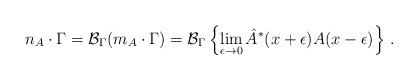
LaTeX: \begin{align*}n_A\cdot \Gamma ={\cal B}_\Gamma (m_A\cdot \Gamma )={\cal B}_\Gamma \left\{\lim_{\epsilon \to 0}{\hat{A}}^{*}(x+\epsilon )A(x-\epsilon )\right\} \,.\end{align*}